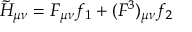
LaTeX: \tilde { H } _ { \mu \nu } = { \cal F } _ { \mu \nu } f _ { 1 } + ( { \cal F } ^ { 3 } ) _ { \mu \nu } f _ { 2 }